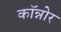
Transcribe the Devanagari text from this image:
कॉन्नोर